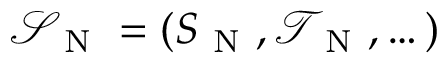
\mathcal { S } _ { \mathrm { ~ N ~ } } = ( S _ { \mathrm { ~ N ~ } } , \mathcal { T } _ { \mathrm { ~ N ~ } } , \dots )